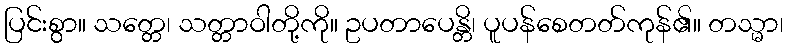
ပြင်းစွာ။ သတ္တေ၊ သတ္တာဝါတို့ကို။ ဥပတာပေန္တိ၊ ပူပန်စေတတ်ကုန်၏။ တသ္မာ၊